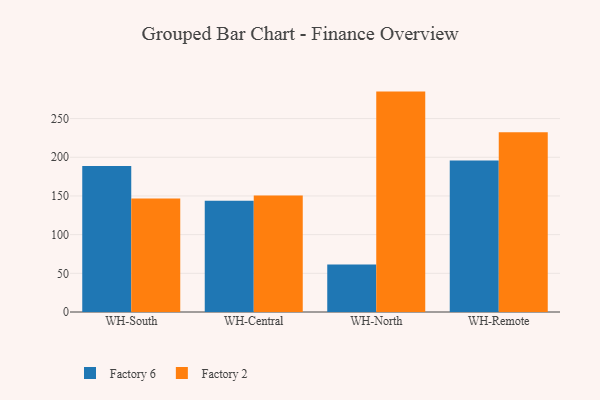
{"axis": {"x": "Warehouse", "y": "Gross Profit (USD K)"}, "legend": ["Factory 2", "Factory 6"], "data": [{"x": "WH-South", "y": 188.8, "type": "Factory 6"}, {"x": "WH-South", "y": 146.6, "type": "Factory 2"}, {"x": "WH-Central", "y": 143.8, "type": "Factory 6"}, {"x": "WH-Central", "y": 150.5, "type": "Factory 2"}, {"x": "WH-North", "y": 61.3, "type": "Factory 6"}, {"x": "WH-North", "y": 284.9, "type": "Factory 2"}, {"x": "WH-Remote", "y": 195.8, "type": "Factory 6"}, {"x": "WH-Remote", "y": 232.3, "type": "Factory 2"}]}